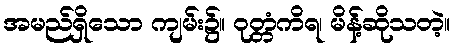
အမည်ရှိသော ကျမ်း၌။ ဝုတ္တံကိရ၊ မိန့်ဆိုသတဲ့။